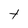
Character: t